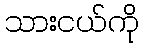
သားငယ်ကို